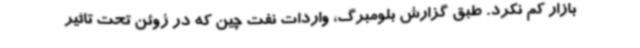
بازار کم نکرد. طبق گزارش بلومبرگ، واردات نفت چین که در ژوئن تحت تاثیر